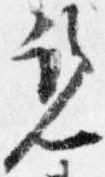
覧